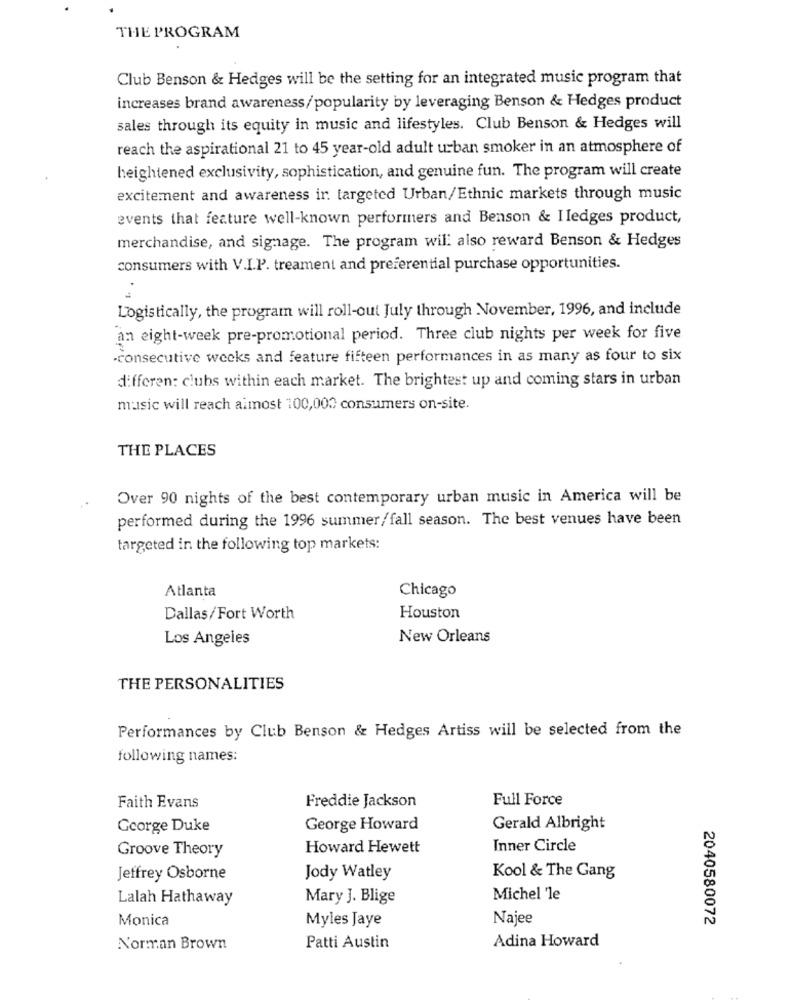
THE PROGRAM
Club Benson & Hedges will be the setting for an integrated music program that
increases brand awareness/popularity by leveraging Benson & Hedges product
sales through its equity in music and lifestyles. Club Benson & Hedges will
reach the aspirational 21 to 45 year-old adult urban smoker in an atmosphere of
heightened exclusivity, sophistication, and genuine fun. The program will create
excitement and awareness ir targeted Urban/Ethnic markets through music
events that feature well-known performers and Benson & Iledges product,
merchandise, and signage. The program will also reward Benson & Hedges
consumers with V.I.P. treament and preferential purchase opportunities.
Logistically, the program will roll-out July through November, 1996, and include
an eight-week pre-promotional period. Three club nights per week for five
.consecutive weeks and feature fifteen performances in as many as four to six
differen: clubs within each market. The brightest up and coming stars in urban
music will reach almost 100,000 consumers on-site.
THE PLACES
Over 90 nights of the best contemporary urban music in America will be
performed during the 1996 summer/fall season. The best venues have been
targeted in the following top markets:
Atlanta
Chicago
Dallas/ Fort Worth
Houston
Los Angeles
New Orleans
THE PERSONALITIES
Performances by Club Benson & Hedges Artiss will be selected from the
following names:
Freddie Jackson
Full Force
Faith Evans
George Duke
George Howard
Gerald Albright
Groove Theory
Howard Hewett
Inner Circle
Jeffrey Osborne
Jody Watley
Kool & The Gang
Lalah Hathaway
Mary J. Blige
Michel 'le
Monica
Myles Jaye
Najee
2040580072
Norman Brown
Patti Austin
Adina Howard